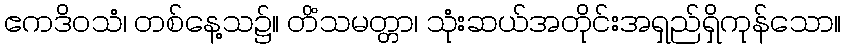
ဧကဒိဝသံ၊ တစ်နေ့သ၌။ တိံသမတ္တာ၊ သုံးဆယ်အတိုင်းအရှည်ရှိကုန်သော။